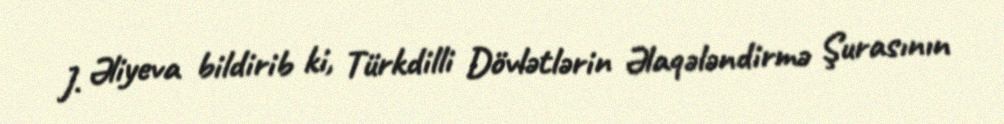
J. Əliyeva bildirib ki, Türkdilli Dövlətlərin Əlaqələndirmə Şurasının